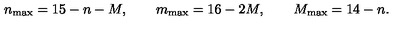
n _ { \mathrm { m a x } } = 1 5 - n - M , \qquad m _ { \mathrm { m a x } } = 1 6 - 2 M , \qquad M _ { \mathrm { m a x } } = 1 4 - n .